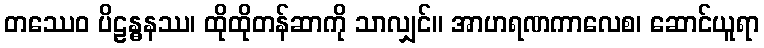
တဿေဝ ပိဠန္ဓနဿ၊ ထိုထိုတန်ဆာကို သာလျှင်။ အာဟရဏကာလေစ၊ ဆောင်ယူရာ